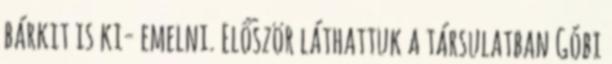
bárkit is ki- emelni. Először láthattuk a társulatban Góbi